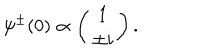
LaTeX: \psi ^ { \pm } ( 0 ) \propto \left( \begin{matrix} { { 1 } } \\ { { \pm i } } \\ \end{matrix} \right) .